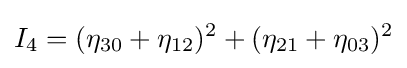
I_{4}=(\eta _{30}+\eta _{12})^{2}+(\eta _{21}+\eta _{03})^{2}